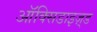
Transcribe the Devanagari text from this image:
ऑक्सिडाइज़्ड